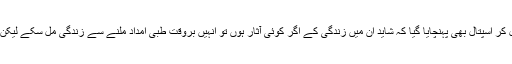
مہاراج نے مزید بتایا کہ دونوں کو اسٹریچر پر ڈال کر اسپتال بھی پہنچایا گیا کہ شاید ان میں زندگی کے اگر کوئی آثار ہوں تو انہیں بروقت طبی امداد ملنے سے زندگی مل سکے لیکن وہاں ڈاکٹروں نے انہیں مردہ لایا ہوا قرار دے دیا۔